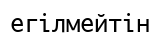
егілмейтін